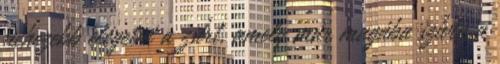
nehezebb elégetni a zsírt, amely már magába szívta a